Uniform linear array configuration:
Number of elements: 48
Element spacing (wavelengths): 0.25
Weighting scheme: uniform
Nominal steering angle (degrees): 30
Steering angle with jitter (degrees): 29.302
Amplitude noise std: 0.05
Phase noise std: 0.05

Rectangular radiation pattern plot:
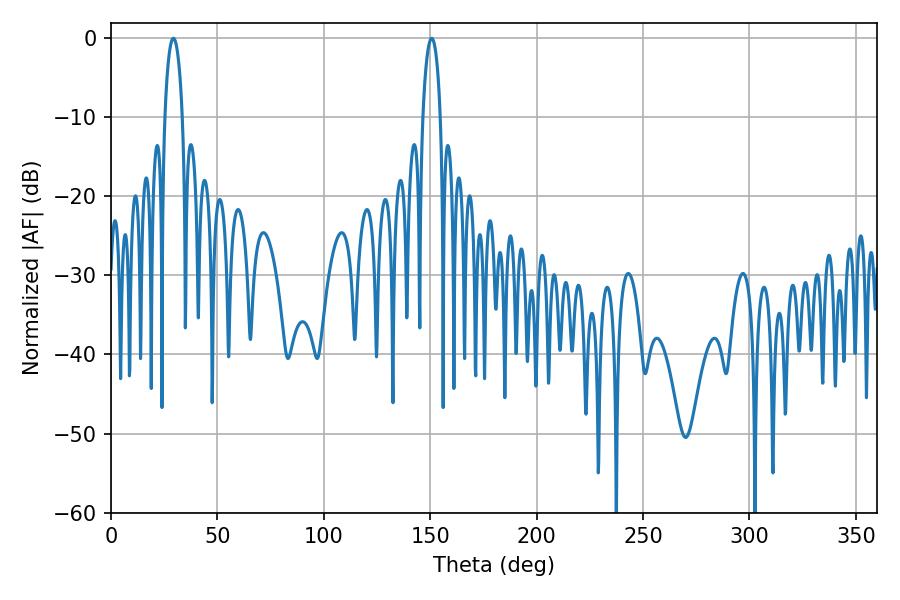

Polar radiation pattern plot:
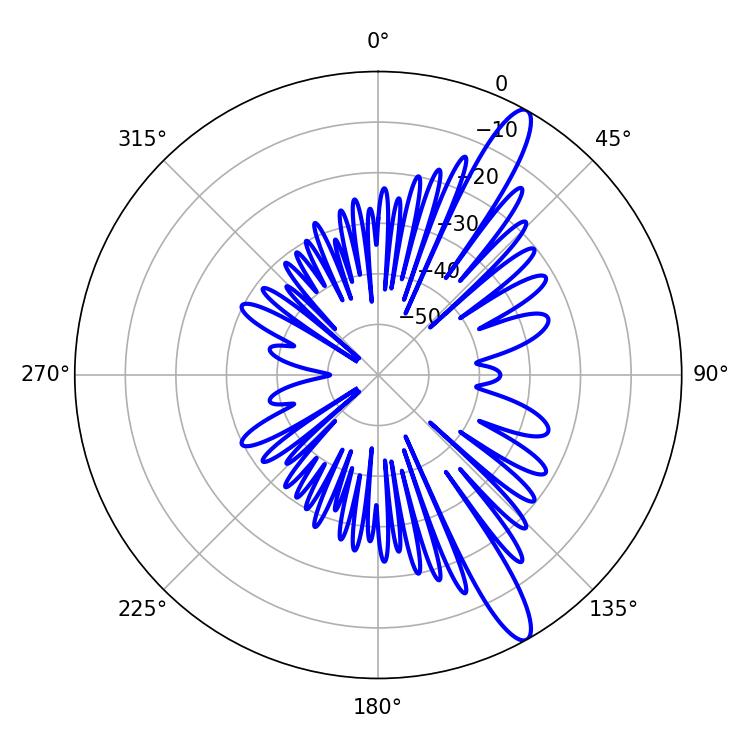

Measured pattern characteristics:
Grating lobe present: FALSE
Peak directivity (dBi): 13.3
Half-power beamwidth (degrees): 4.68
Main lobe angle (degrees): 29.34